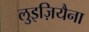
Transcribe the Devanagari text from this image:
लुइज़ियैना